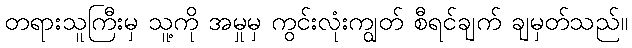
တရားသူကြီးမှ သူ့ကို အမှုမှ ကွင်းလုံးကျွတ် စီရင်ချက် ချမှတ်သည်။